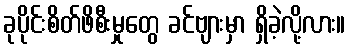
ခုပိုင်းစိတ်ဖိစီးမှုတွေ ခင်ဗျားမှာ ရှိခဲ့လို့လား။